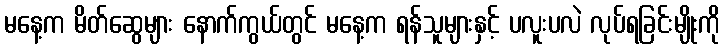
မနေ့က မိတ်ဆွေများ နောက်ကွယ်တွင် မနေ့က ရန်သူများနှင့် ပလူးပလဲ လုပ်ရခြင်းမျိုးကို